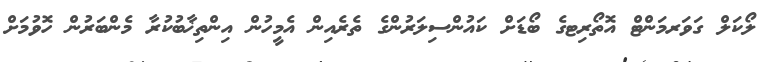
ލޯކަލް ގަވަރމަންޓް އޮތޯރިޓގެ ބޯޑަށް ކައުންސިލަރުންގެ ތެެރެއިން އެމީހުން އިންތިޚާބުކުރާ މެންބަރުން ހޮވުމަށް